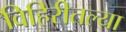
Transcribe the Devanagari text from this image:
विहिरीतल्या